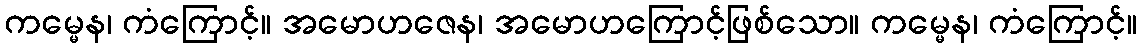
ကမ္မေန၊ ကံကြောင့်။ အမောဟဇေန၊ အမောဟကြောင့်ဖြစ်သော။ ကမ္မေန၊ ကံကြောင့်။